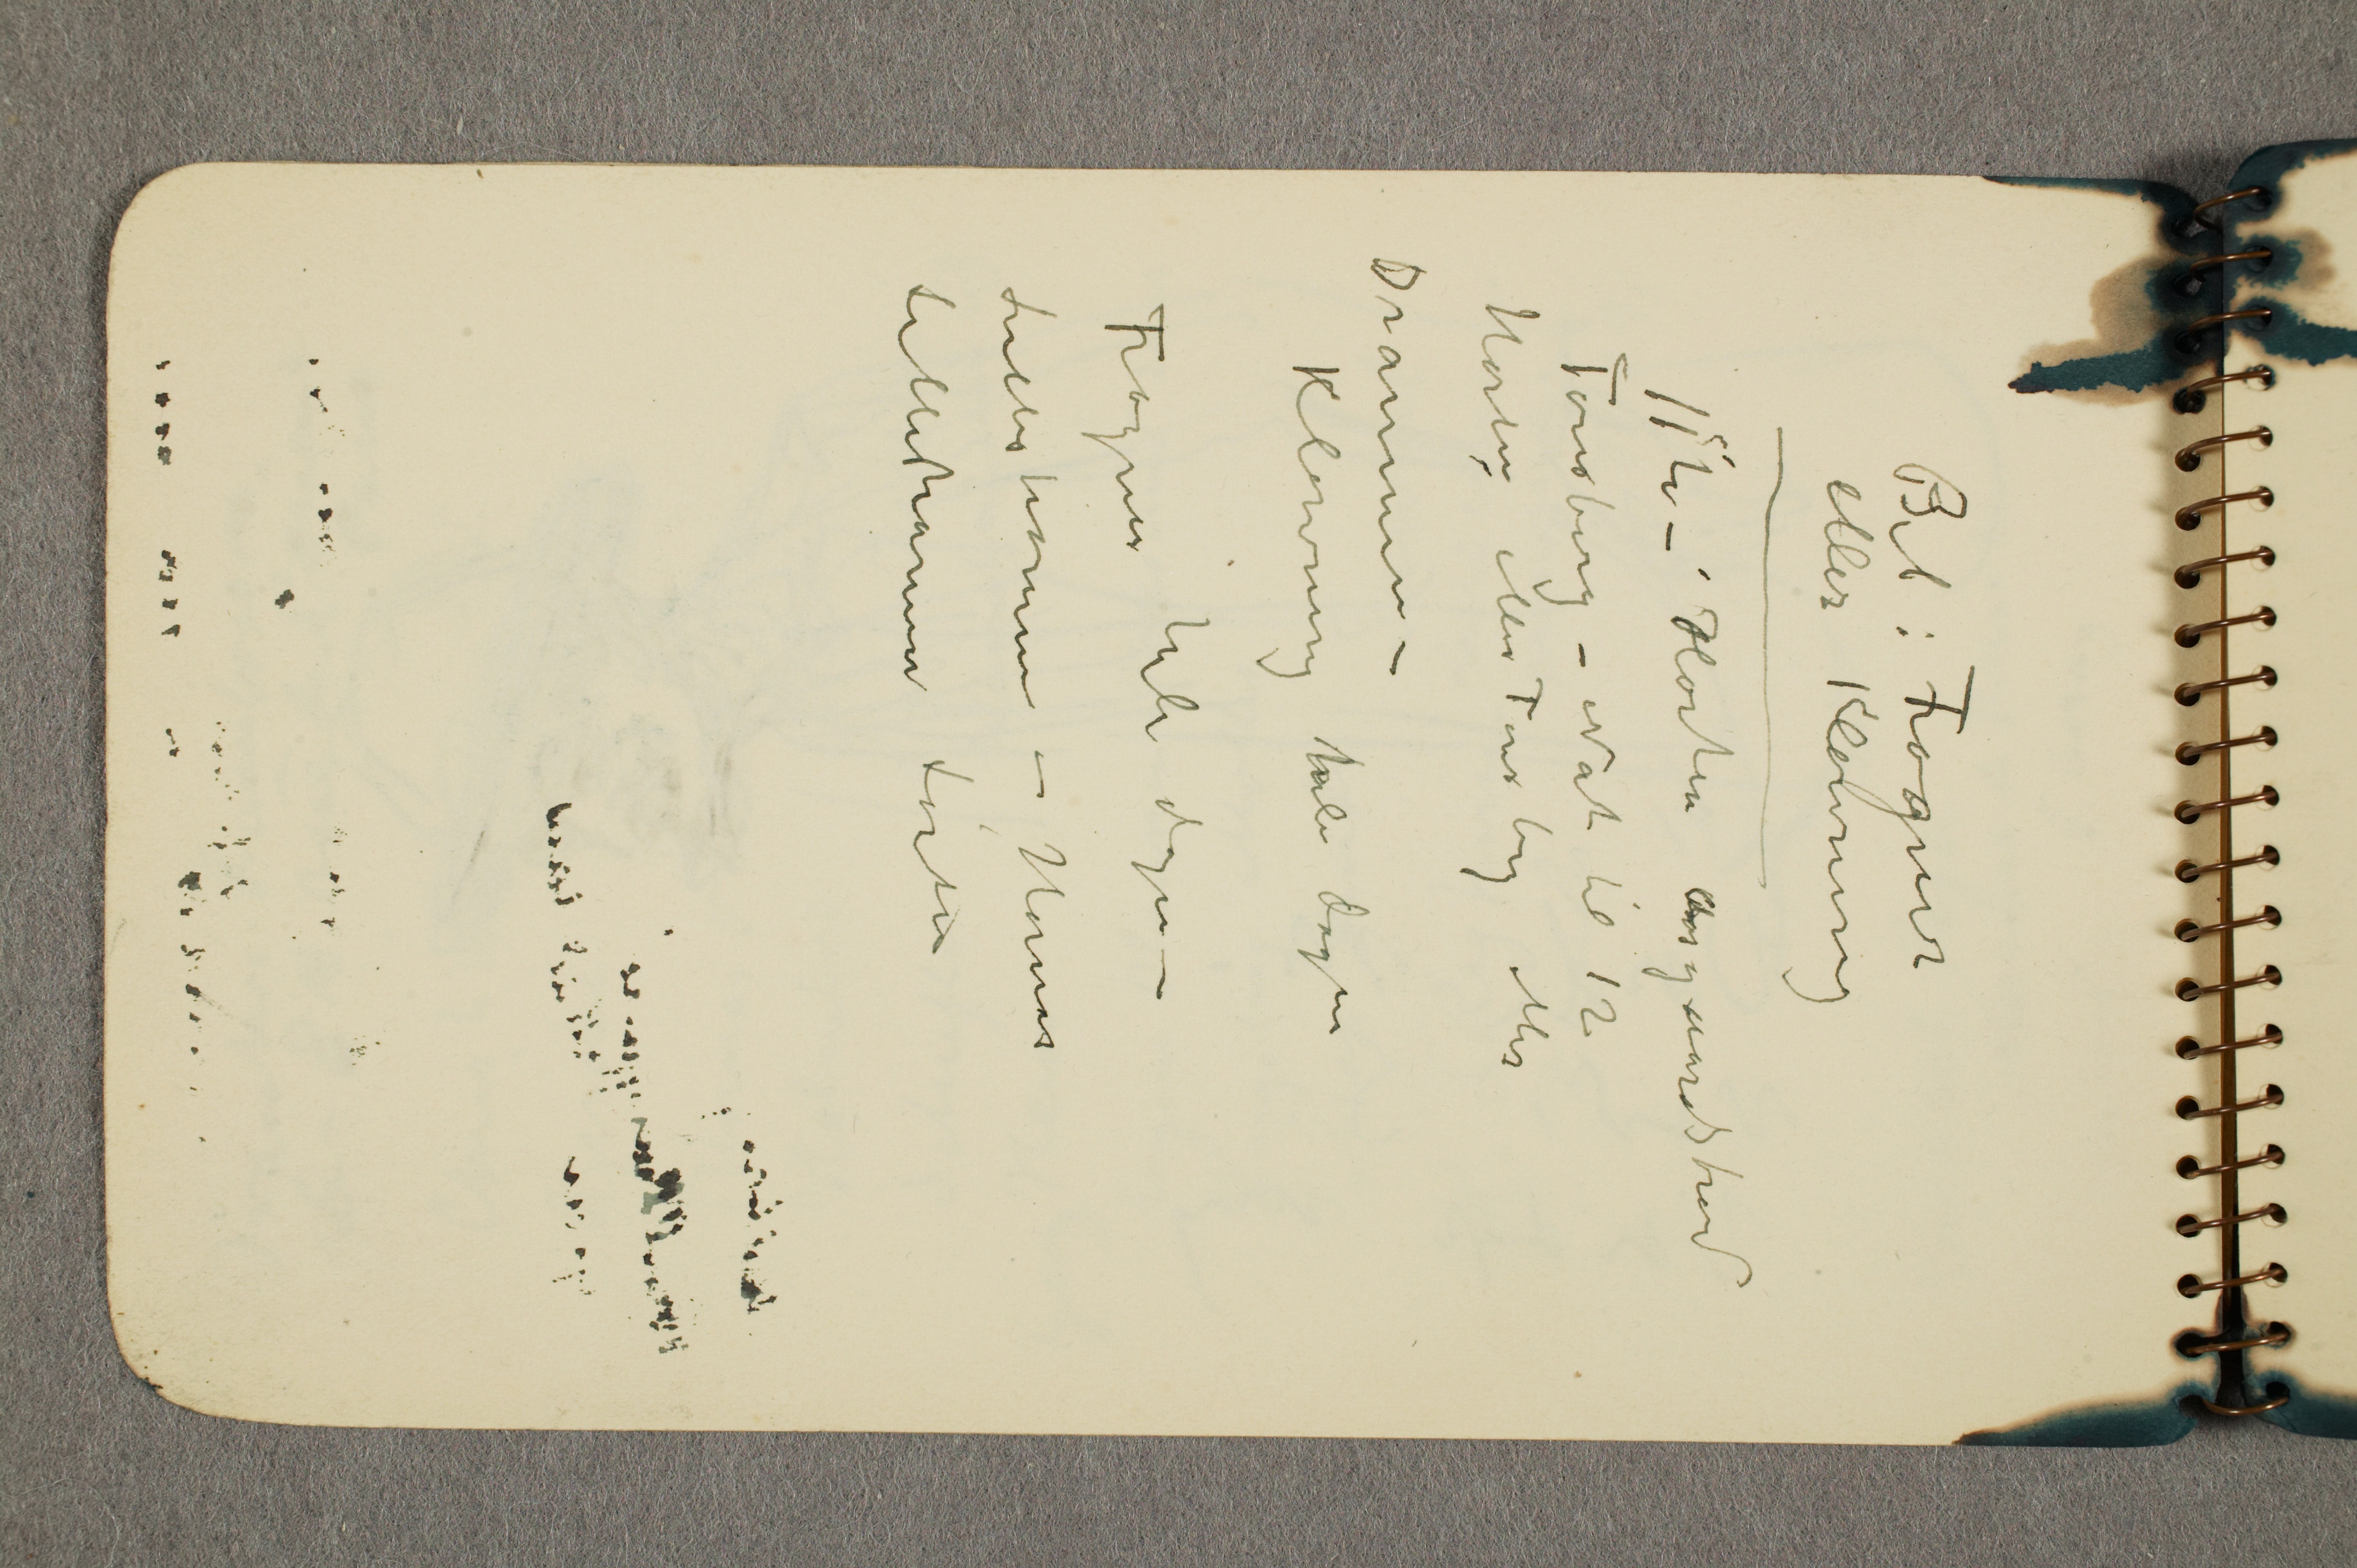
Bil: Frogner
eller Klovning
11te – Horten Aasgaardstrand
Tønsberg – Nat til 12
Horten eller Tønsberg eller
Drammen -
Klovning hele dagen
Frogner hele dagen –
Lillehammer – Hornæs
Lillehammer Løiten